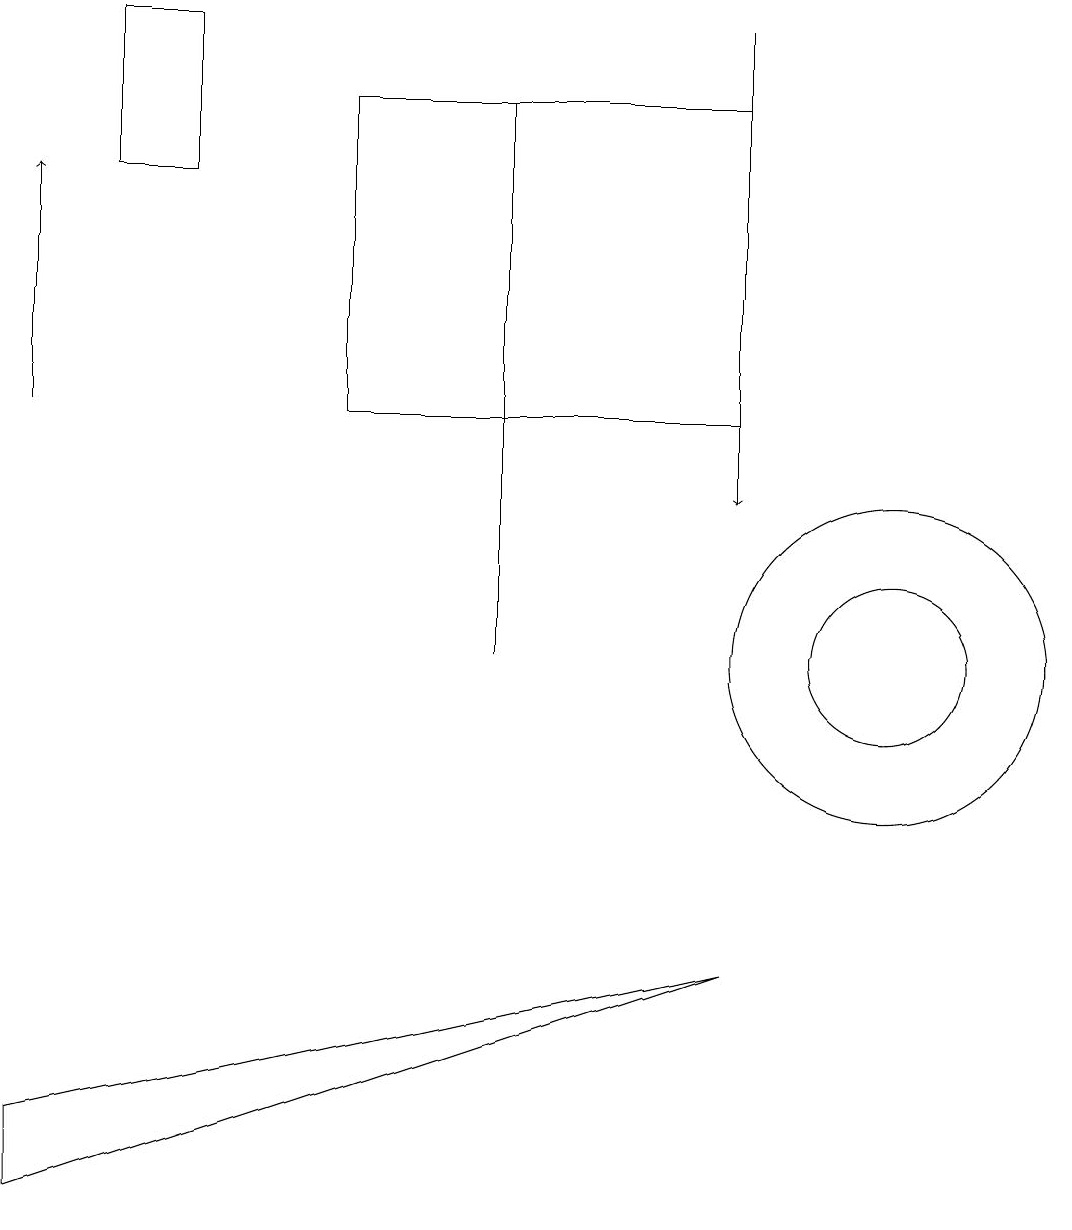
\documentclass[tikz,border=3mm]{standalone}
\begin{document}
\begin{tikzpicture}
\draw (6,18) rectangle (6,11);
\draw (11,11) circle (1);
\draw (11,11) circle (2);
\draw (1,17) rectangle (2,19);
\draw (9,7) -- (0,4) -- (0,5) -- cycle;
\draw[->] (9,19) -- (9,13);
\draw (4,14) rectangle (9,18);
\draw[->] (0,14) -- (0,17);
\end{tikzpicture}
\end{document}